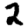
Digit: 2